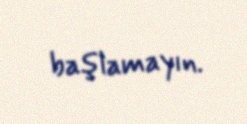
başlamayın.